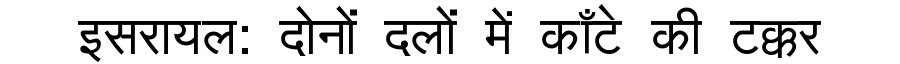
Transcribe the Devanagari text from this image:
इसरायल: दोनों दलों में काँटे की टक्कर